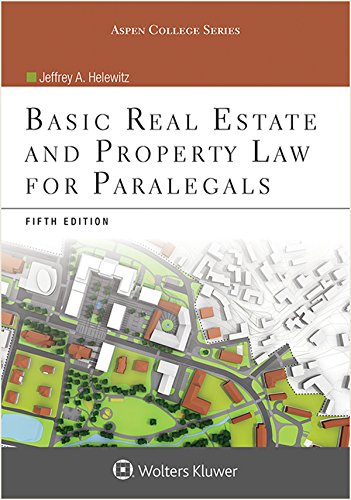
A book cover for Basic Real Estate and Property Law for Paralegals (Aspen College); Jeffrey A. Helewitz; Law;